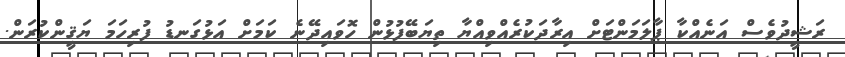
ރަޝީދުވެސް އަނެއްކާ ޕާލަމަންޓަށް އިރާދަކުރެއްވިއްޔާ ތިޔަބޭފުޅުން ހޮވައިދޭނެ ކަމަށް އަޅުގަނޑު ފުރިހަމަ ޔަޤީންކުރަން.